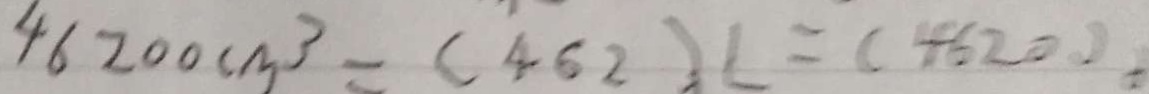
4 6 2 0 0 c m ^ { 3 } = ( 4 6 2 ) L = ( 4 6 2 0 )